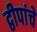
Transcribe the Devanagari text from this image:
द्वीपांचे